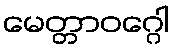
မေတ္တာဝဂ္ဂေါ